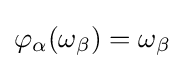
\varphi _{\alpha }(\omega _{\beta })=\omega _{\beta }